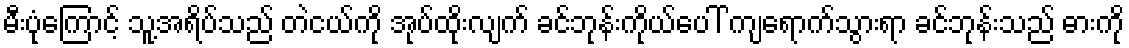
မီးပုံကြောင့် သူ့အရိပ်သည် တဲငယ်ကို အုပ်ထိုးလျက် ခင်ဘုန်းကိုယ်ပေါ် ကျရောက်သွားရာ ခင်ဘုန်းသည် ဓားကို